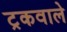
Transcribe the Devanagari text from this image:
ट्रकवाले